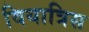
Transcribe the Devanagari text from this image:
वियात्रिस